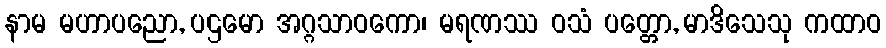
နာမ မဟာပညော, ပဌမော အဂ္ဂသာဝကော၊ မရဏဿ ဝသံ ပတ္တော, မာဒိသေသု ကထာဝ